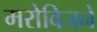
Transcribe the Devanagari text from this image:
मरोविजने